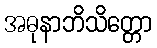
အဓုနာဘိသိတ္တော